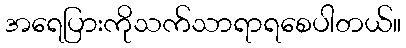
အရေပြားကိုသက်သာရာရစေပါတယ်။